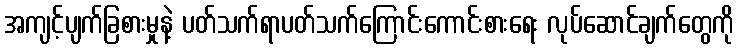
အကျင့်ပျက်ခြစားမှုနဲ့ ပတ်သက်ရာပတ်သက်ကြောင်းကောင်းစားရေး လုပ်ဆောင်ချက်တွေကို